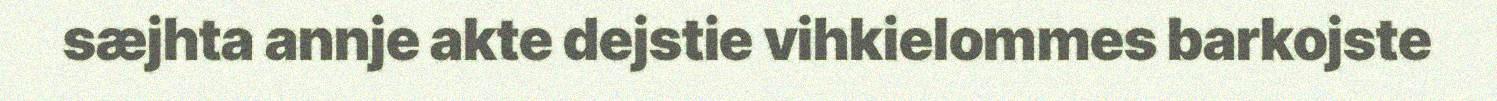
sæjhta annje akte dejstie vihkielommes barkojste